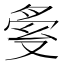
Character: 𠭟